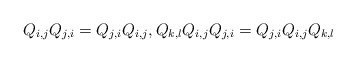
\begin{gather*}Q_{i,j}Q_{j,i}=Q_{j,i}Q_{i,j},Q_{k,l}Q_{i,j}Q_{j,i}=Q_{j,i}Q_{i,j}Q_{k,l}\end{gather*}